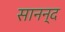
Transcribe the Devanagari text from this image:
सानन्‍द